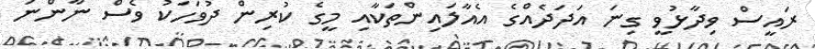
ރައީސް ވިދާޅުވީ ގިނަ އަދަދެއްގެ އެއާލައިންތަކާއި މީގެ ކުރިން ދުވަހަކު ވެސް ނާންނަ